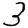
Digit: 3